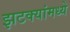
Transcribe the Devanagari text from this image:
झटक्यांमध्ये